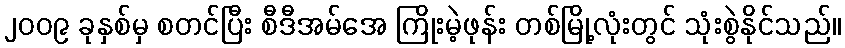
၂၀၀၉ ခုနှစ်မှ စတင်ပြီး စီဒီအမ်အေ ကြိုးမဲ့ဖုန်း တစ်မြို့လုံးတွင် သုံးစွဲနိုင်သည်။